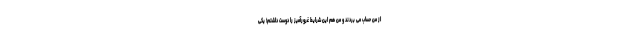
از من حساب می بردند و من هم این شرایط غرورآمیز را دوست داشتم! یکی